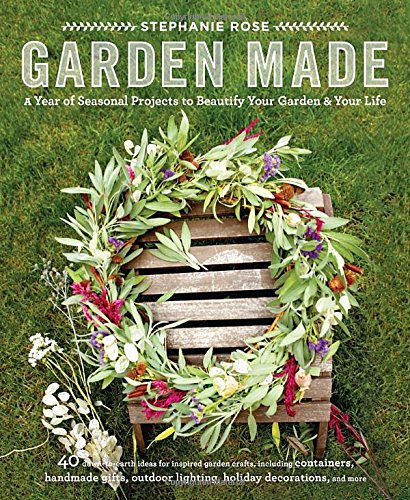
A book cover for Garden Made: A Year of Seasonal Projects to Beautify Your Garden and Your Life; Stephanie Rose; Crafts, Hobbies & Home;